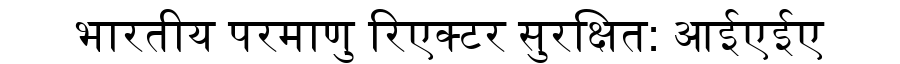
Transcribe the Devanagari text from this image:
भारतीय परमाणु रिएक्टर सुरक्षित: आईएईए